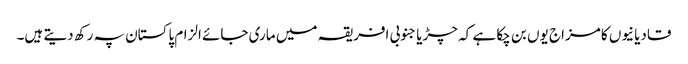
قادیانیوں کا مزاج یوں بن چکا ہے کہ چڑیا جنوبی افریقہ میں ماری جائے الزام پاکستان پہ رکھ دیتے ہیں۔